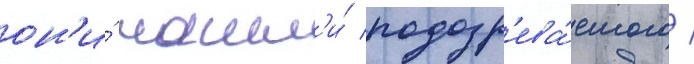
он'и́ нашл'и́ подозр'ева́емого /